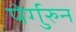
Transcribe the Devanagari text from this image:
पेर्गुरुन